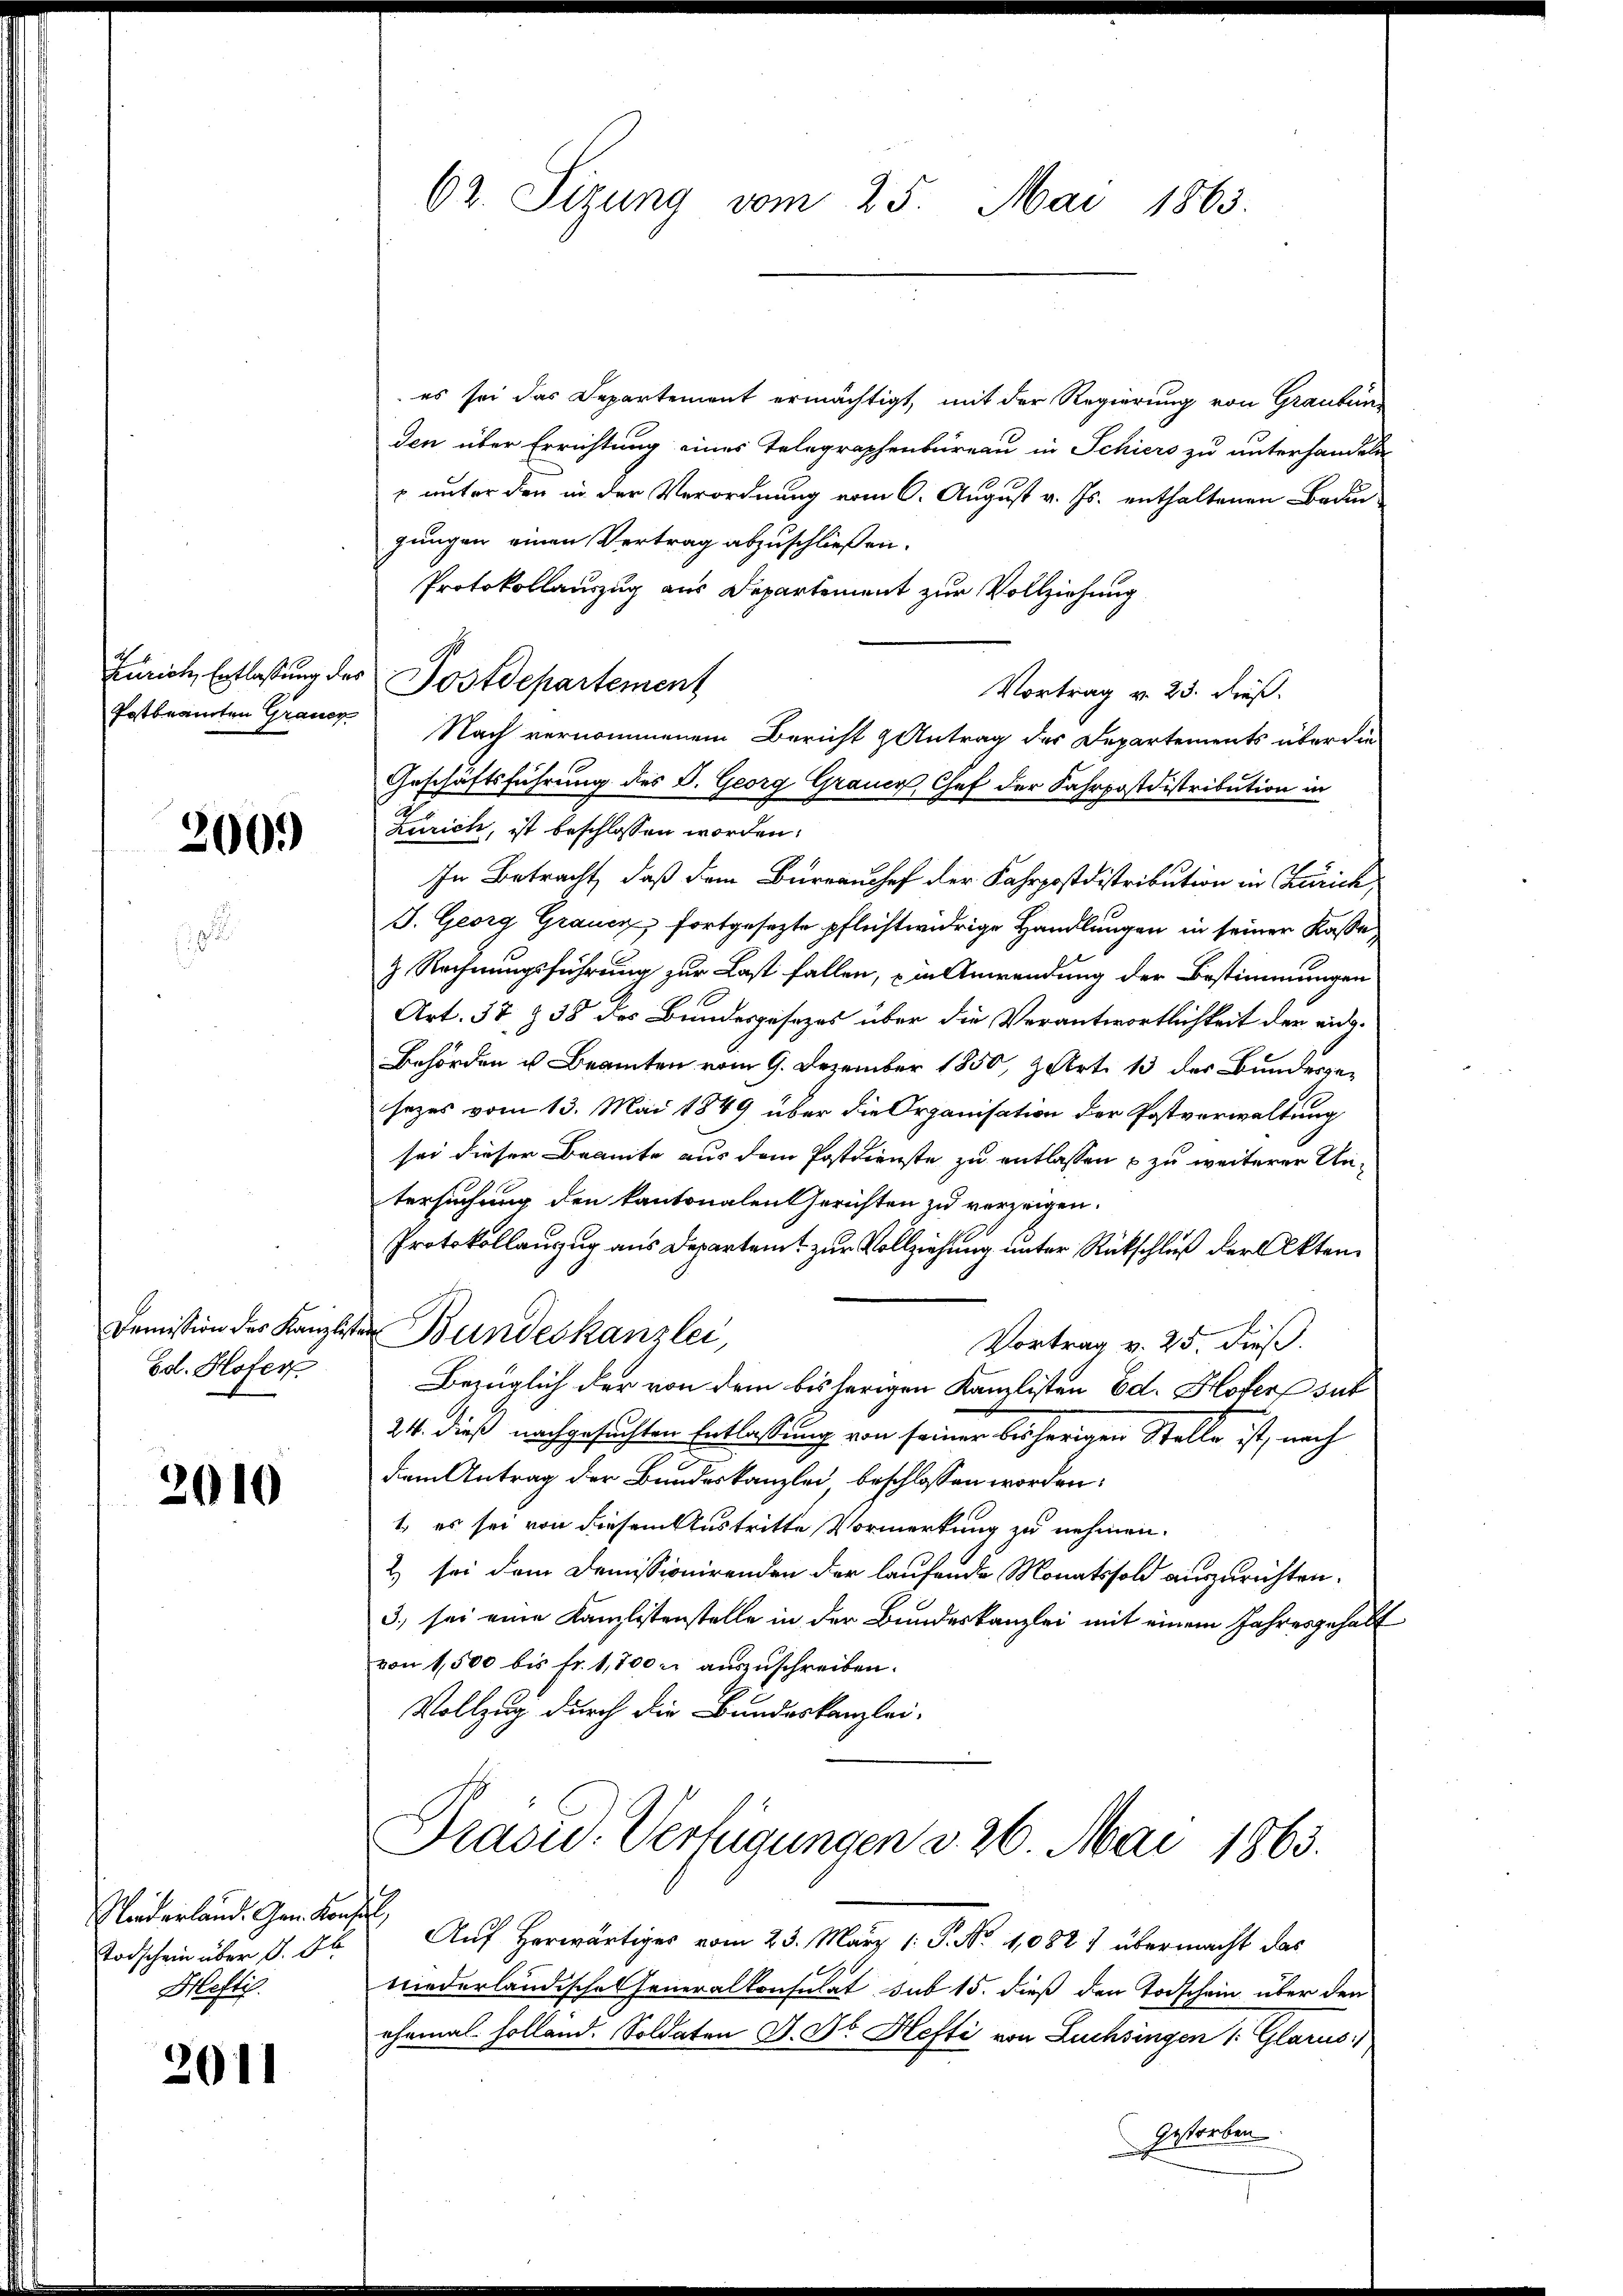
Zürich, Entlassung des
Potbeamten Grauer

300.

Demission des Kanzliste
Ed. Hofer

2010

Norderland. Gen. Konse
Todschein über d. Ob
Heftig.

2011

62. Sizung vom 25. Mai 1863.

es sei das Departement ermächtigt, mit der Regierung von Graubun
den über Errichtung eines Telegraphenbüreau in Schiers zu unterhandeln
 unter den in der Verordnung vom 6. August v. Js. enthaltenen Baden-
gungen einen Vertrag abzuschließen.
Protokollauszug aus Departement zur Vollziehung
Vortrag v. 23. dieß.
Nach vernommenem Bericht & Antrag des Departements über die
Geschäftsführung des S. Georg Grauer Chef der Fahrpostdistribution in
Zürich, ist beschlossen worden.
In Betracht, daß dem Burrauchef der Fahrpostdistribution in Zürich,
J. Georg Grauch fortgesezte pflichtwidrige Handlungen in seiner Kasse¬
& Rechnungsführung zur Last fallen, in Anwendung der Bestimmungen
Art. 57 § 38 des Bundesgesezes über die Verantwortlichkeit der eidg.
Behörden u. Beamten vom 9. Dezember 1850, Art. 13 der Bundesgesezes vom 13. Mai 1849 über die Organisation der Postverwaltung
sei dieser Brante aus dem Postdienste zu entlassen zu weiterer Untersuchung den kantonalen Gerichten zu verzeigen.
Protokollanzug aus Departamt zur Vollziehung unter Rückschluß der Akten¬
Bundeskanzlei
Vortrag v. 25. dieß.
Bezüglich der von dem bisherigen Kanzlisten Ed. Hofers sub
24. dieß nachgesuchten Entlassung von seiner bisherigen Stelle ist, nach
dem Antrag der Bundeskanzlei beschlossen worden:
1. es sei von diesem Austritte Vormerkung zu nehmen.
2) sei dem Demissionirenden der laufende Monatsfold auszurichten.
3.) sei eine Kanzlistenstelle in der Bundeskanzlei mit einem Jahresgehalt
von 1,500 bis fr. 1,700 r auszuschreiben.
Vollzug durch die Bundeskanzlei-
Präsid. Verfügungen v. 26. Mai 1863.
 Auf herwärtiges vom 23. März (: P. No 1082) übermacht das
niederländischeheneralkonsulat sub 15. dieß den Todschein über den
ehemal Holländ. Soldaten D. Dr. Hefti von Luchsingen 1. Glarus
Gestorben

Postdepartement